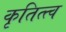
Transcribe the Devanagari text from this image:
कृतित्त्व